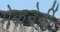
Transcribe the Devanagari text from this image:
मेकनेर्नी